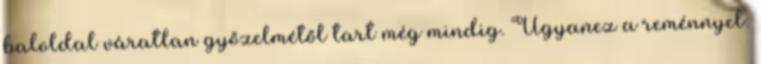
baloldal váratlan győzelmétől tart még mindig. Ugyanez a reménnyel: